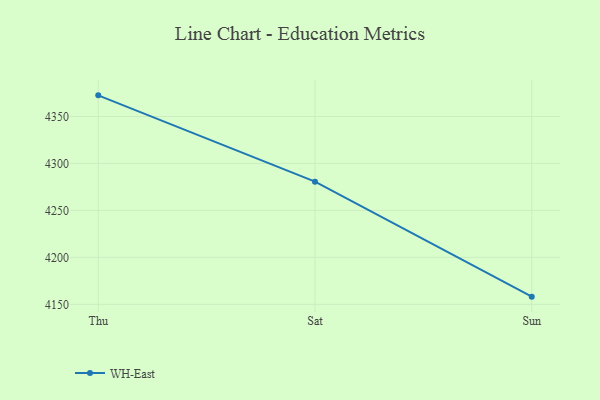
{"axis": {"x": "Day", "y": "Net Income (USD K)"}, "legend": ["WH-East"], "data": [{"x": "Thu", "y": 4372.5, "type": "WH-East"}, {"x": "Sat", "y": 4280.6, "type": "WH-East"}, {"x": "Sun", "y": 4158.2, "type": "WH-East"}]}